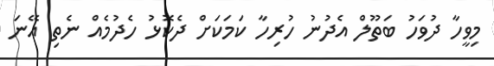
މިވީހާ ދުވަހު ބަތޫލް އެދުނު ހުރިހާ ކަމަކަށް ދެކޮޅު ހެދުމެއް ނެތި އޭނަ